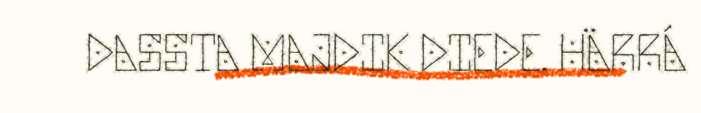
DASSTA MAJDIK DIEDE. HÄRRÁ